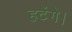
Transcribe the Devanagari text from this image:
हटेंगे।